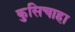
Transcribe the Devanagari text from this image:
कुसिचाहा